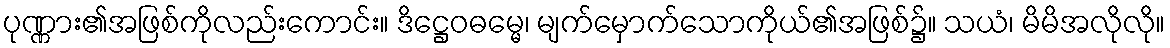
ပုဏ္ဏား၏အဖြစ်ကိုလည်းကောင်း။ ဒိဋ္ဌေဝဓမ္မေ၊ မျက်မှောက်သောကိုယ်၏အဖြစ်၌။ သယံ၊ မိမိအလိုလို။